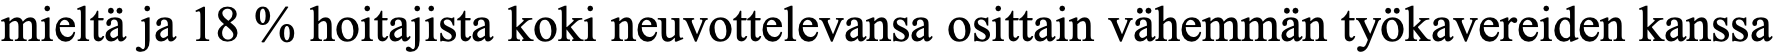
mieltä ja 18 % hoitajista koki neuvottelevansa osittain vähemmän työkavereiden kanssa